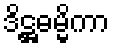
ဒိဋ္ဌဓမ္မိကာ